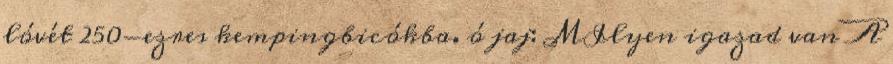
lóvét 250-ezres kempingbicókba. ó jaj: MIlyen igazad van A